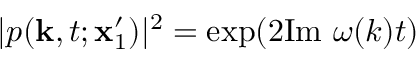
| p ( \mathbf { k } , t ; \mathbf { x } _ { 1 } ^ { \prime } ) | ^ { 2 } = \mathrm { e x p } ( 2 \mathrm { I m } \ \omega ( k ) t )